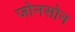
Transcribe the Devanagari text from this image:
जोनसोन